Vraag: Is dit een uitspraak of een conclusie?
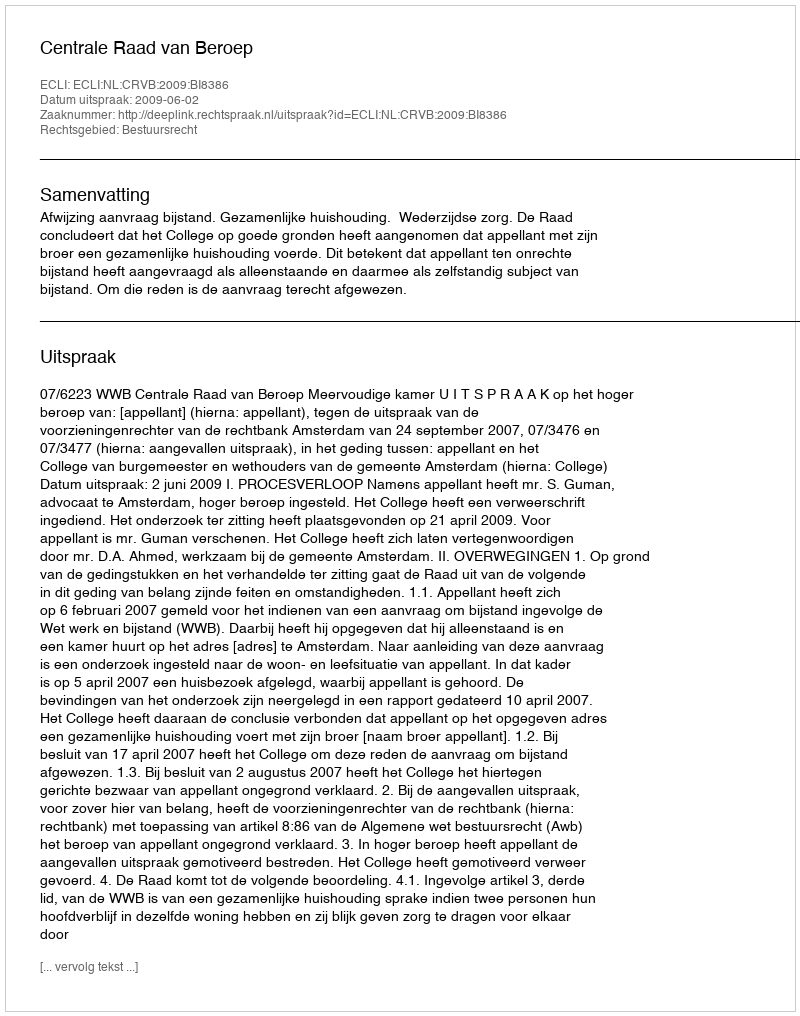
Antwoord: Uitspraak